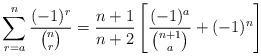
LaTeX: \begin{align*}\sum_{r=a}^n \frac{(-1)^r}{\binom{n}{r}}=\frac{n+1}{n+2}\left[\frac{(-1)^a}{\binom{n+1}{a}}+(-1)^n\right]\end{align*}